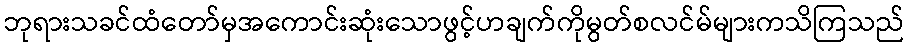
ဘုရားသခင်ထံတော်မှအကောင်းဆုံးသောဖွင့်ဟချက်ကိုမွတ်စလင်မ်များကသိကြသည်